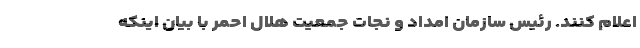
اعلام کنند. رئیس سازمان امداد و نجات جمعیت هلال احمر با بیان اینکه